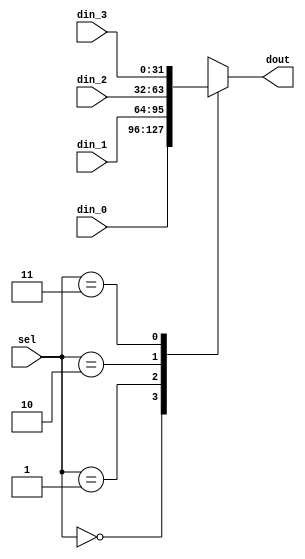
//-----------------------------------------------------
// Design Name 	: Mux42
// Function    	: Multiplexor de 4  a 1  y select 2 bits
// Coder  	: 
// Other	:
//-----------------------------------------------------

module mux42 (
        input   [1:0]   sel,
        input   [31:0]  din_0,
        input   [31:0]  din_1,
        input   [31:0]  din_2,
        input   [31:0]  din_3,
        output reg [31:0]  dout
);

always @ (sel or din_0 or din_1 or din_2 or din_3)
begin
        case ( sel )
                2'b00: dout = din_0;
                2'b01: dout = din_1;
                2'b10: dout = din_2;
                2'b11: dout = din_3;
                default: dout = 0;
       endcase
end

endmodule